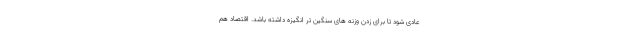
عادی شود تا برای زدن وزنه های سنگین تر انگیزه داشته باشد. اقتصاد هم